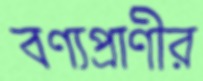
বণ্যপ্রাণীর